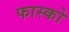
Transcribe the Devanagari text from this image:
फास्को